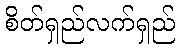
စိတ်ရှည်လက်ရှည်